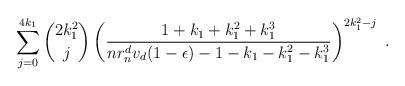
LaTeX: \begin{align*} \sum_{j=0}^{4k_1} \binom{2k_1^2}{j} \left(\frac{1+k_1+k_1^2+k_1^3}{nr_n^d v_d(1-\epsilon)-1-k_1-k_1^2-k_1^3}\right)^{2k_1^2-j}~.\end{align*}